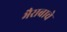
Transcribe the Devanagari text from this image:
भैराबाचे